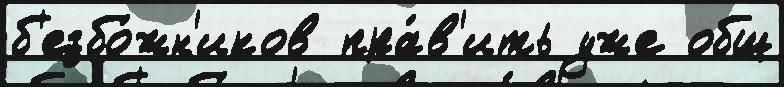
б'езбо́жн'иков пра́в'ить уже общ